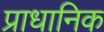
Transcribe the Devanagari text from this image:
प्राधानिक